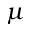
\mu